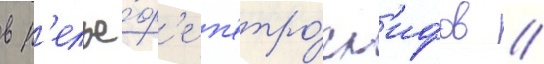
в р'елье́ф'е п'етро́гл'ифов /